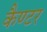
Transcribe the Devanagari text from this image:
कैण्टर